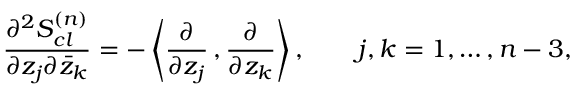
{ \frac { \partial ^ { 2 } S _ { c l } ^ { ( n ) } } { \partial z _ { j } \partial { \bar { z } _ { k } } } } = - \left\langle { \frac { \partial } { \partial z _ { j } } } \, , { \frac { \partial } { \partial z _ { k } } } \right\rangle , \qquad j , k = 1 , \ldots , n - 3 ,